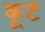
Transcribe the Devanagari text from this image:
कूर्ट